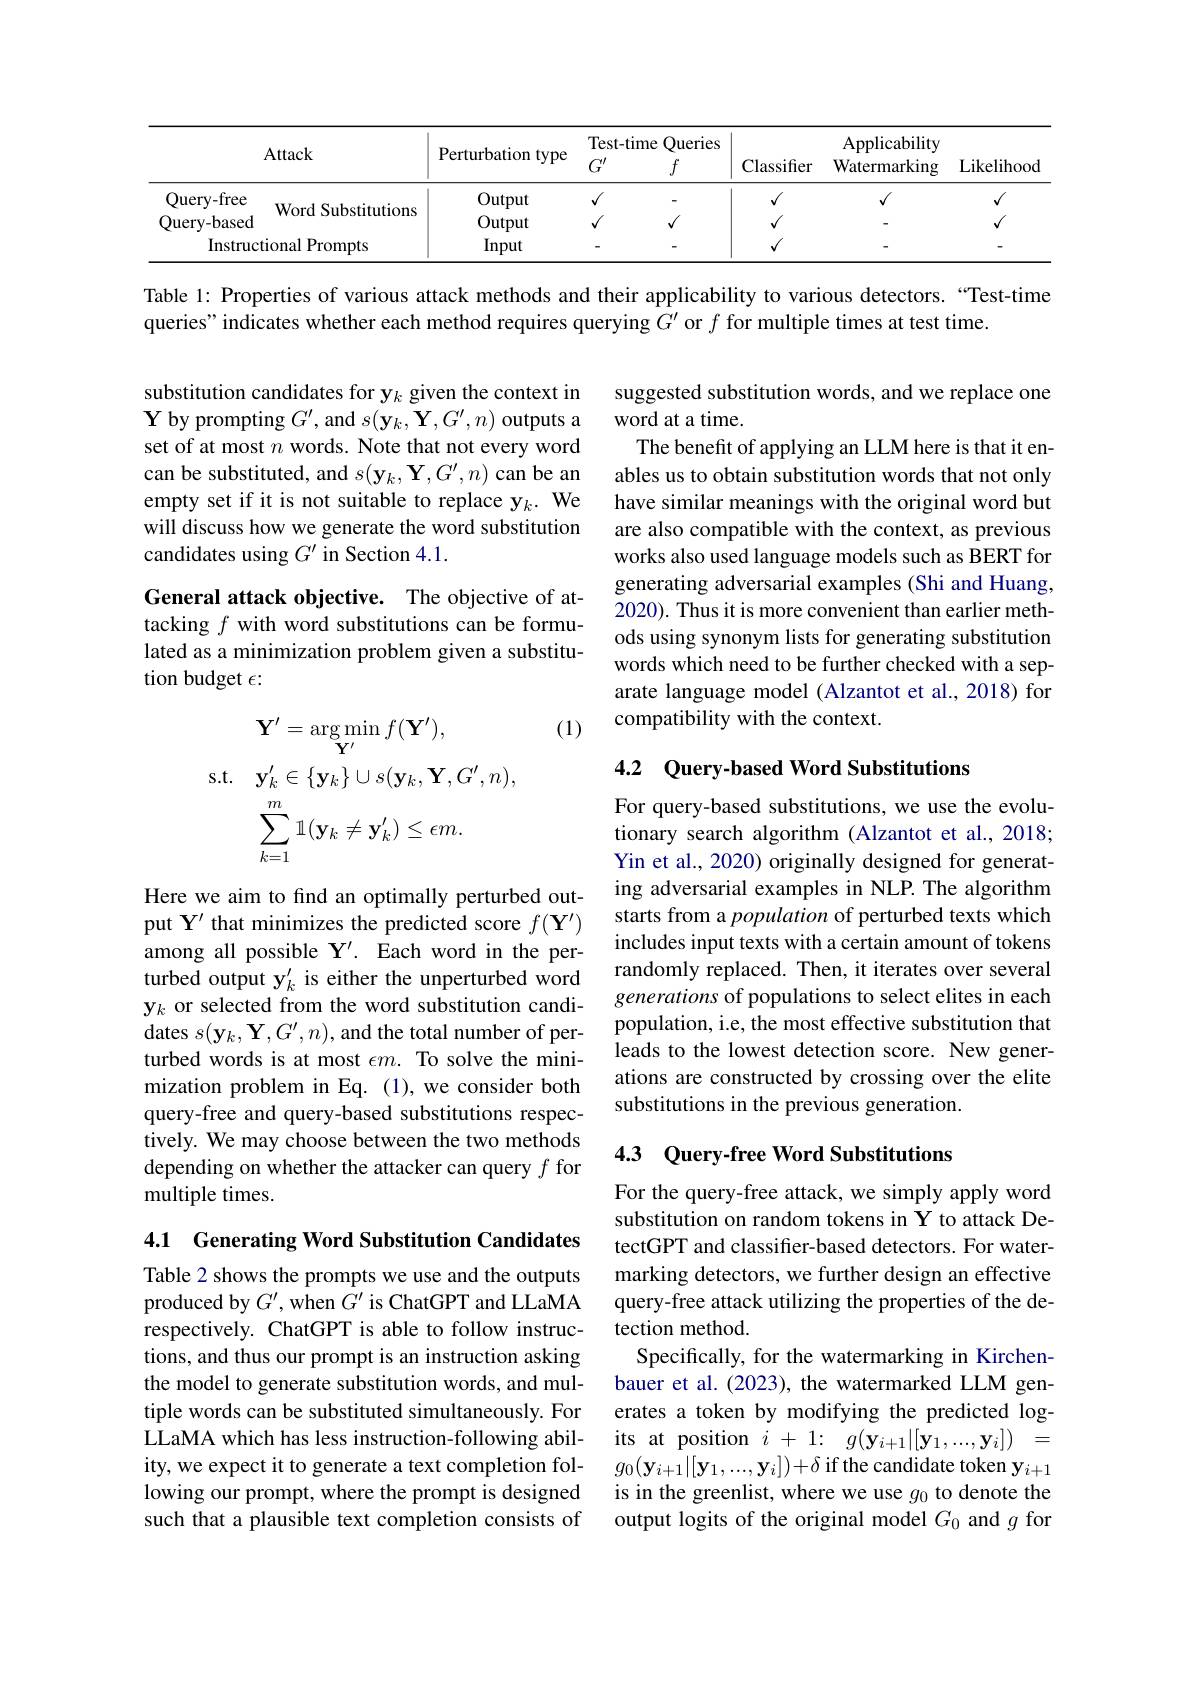
<table>
	<tbody>
		<tr>
			<th>Attack</th>
			<th>Perturbation type</th>
			<th>Test- tim $G^{\prime}$</th>
			<th>Queries me $f$</th>
			<th>Classifier</th>
			<th>Applicability Watermarking</th>
			<th>Likelihood</th>
		</tr>
		<tr>
			<th> </th>
			<th> </th>
			<th>Test- tim</th>
			<th>Queries me</th>
			<th> </th>
			<th>Applicabilitw</th>
			<th> </th>
		</tr>
		<tr>
			<td>Query-free</td>
			<td>Output</td>
			<td>$√$</td>
			<td> </td>
			<td>$√$</td>
			<td>$√$</td>
			<td>$√$</td>
		</tr>
		<tr>
			<td>Juustite Query- based</td>
			<td>Output</td>
			<td>$√$</td>
			<td>$\sqrt{1}$</td>
			<td>$√$</td>
			<td> </td>
			<td>$√$</td>
		</tr>
		<tr>
			<td>Instructional Prompts</td>
			<td>Input</td>
			<td> </td>
			<td> </td>
			<td>$\sqrt{1}$</td>
			<td> </td>
			<td> </td>
		</tr>
	</tbody>
</table>

Table 1: Properties of various attack methods and their applicability to various detectors.“Test-time

queries" indicates whether each method requires querying $G^\prime$ or $f$ for multiple times at test time.

substitution candidates for y$_k$ given the context in $\mathbf{Y}$ by prompting $G^\prime$, and $s(\mathbf{y}_k,\mathbf{Y},G^\prime,n)$ outputs a set of at most $n$ words. Note that not every word can be substituted, and $s(\mathbf{y}_k,\mathbf{Y},G^{\prime},n)$ can be an empty set if it is not suitable to replace y$_k.$ We will discuss how we generate the word substitution candidates using $G^\prime$ in Section 4.1.

suggested substitution words, and we replace one
word at a time.
The benefit of applying an LLM here is that it enables us to obtain substitution words that not only have similar meanings with the original word but are also compatible with the context, as previous works also used language models such as BERT for generating adversarial examples (Shi and Huang, 2020). Thus it is more convenient than earlier methods using synonym lists for generating substitution words which need to be further checked with a separate language model (Alzantot et al., 2018) for compatibility with the context.

General attack objective. The objective of attacking $f$ with word substitutions can be formulated as a minimization problem given a substitution budget $\epsilon:$

(1)

### 4.2 Query-based Word Substitutions
$$\mathbf{Y}^{\prime}=\arg\min_{\mathbf{Y}^{\prime}}f(\mathbf{Y}^{\prime}),\\\mathrm{s.t.}\quad\mathbf{y}_{k}^{\prime}\in\{\mathbf{y}_{k}\}\cup s(\mathbf{y}_{k},\mathbf{Y},G^{\prime},n),\\\sum_{k=1}^{m}\mathbb{1}(\mathbf{y}_{k}\neq\mathbf{y}_{k}^{\prime})\leq\epsilon m.$$
For query-based substitutions, we use the evolutionary search algorithm (Alzantot et al., 2018; Yin et al., 2020) originally designed for generating adversarial examples in NLP. The algorithm starts from a population of perturbed texts which includes input texts with a certain amount of tokens randomly replaced. Then, it iterates over several generations of populations to select elites in each population, i.e, the most effective substitution that leads to the lowest detection score. New generations are constructed by crossing over the elite substitutions in the previous generation.

Here we aim to find an optimally perturbed output Y' that minimizes the predicted score $f(\mathbf{Y}^{\prime})$ among all possible $\mathbf{Y}^{\prime}.$ Each word in the perturbed output y$_k^{\prime}$ is either the unperturbed word y$_k$ or selected from the word substitution candidates $s(\mathbf{y}_k,\mathbf{Y},G^{\prime},n)$, and the total number of perturbed words is at most $\epsilon m.$ To solve the minimization problem in Eq. (1), we consider both query-free and query-based substitutions respectively. We may choose between the two methods depending on whether the attacker can query $f$ for multiple times.

### 4.3 Query-free Word Substitutions

4.1 Generating Word Substitution Candidates

For the query-free attack, we simply apply word substitution on random tokens in Y to attack DetectGPT and classifer-based detectors. For watermarking detectors, we further design an effective query-free attack utilizing the properties of the detection method.
Specifically, for the watermarking in Kirchenbauer et al. (2023), the watermarked LLM generates a token by modifying the predicted logits at position $i+1:g(\mathbf{y}_{i+1}|[\mathbf{y}_{1},...,\mathbf{y}_{i}])=$ $g_0(\mathbf{y}_{i+1}|[\mathbf{y}_1,...,\mathbf{y}_i])+\delta$ if the candidate token y$_i+1$ is in the greenlist, where we use $g_0$ to denote the output logits of the original model $G_0$ and $g$ for

Table 2 shows the prompts we use and the outputs produced by $G^{\prime}$, when $\hat{G^{\prime}}$ is ChatGPT and LLaMA respectively. ChatGPT is able to follow instructions, and thus our prompt is an instruction asking the model to generate substitution words, and multiple words can be substituted simultaneously. For LLaMA which has less instruction-following ability, we expect it to generate a text completion following our prompt, where the prompt is designed such that a plausible text completion consists of